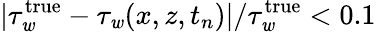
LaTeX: |\tau_{\mathit{w}}^{\textrm{{true}}}-\tau_{\mathit{w}}(x,z,t_{n})|/\tau_{\mathit{w}}^{\textrm{{true}}}<0.1